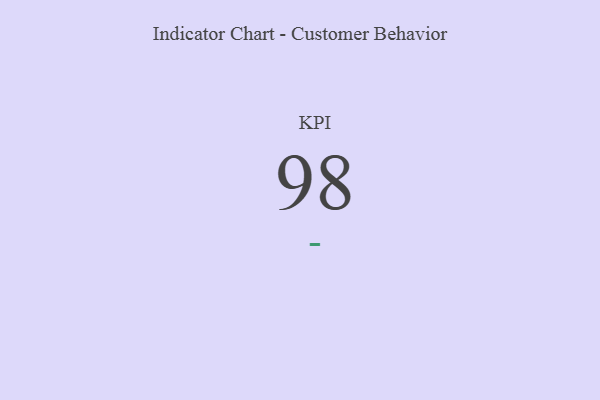
{"axis": {"x": "KPI", "y": "Value"}, "legend": [""], "data": [{"x": "KPI", "y": 98, "type": ""}]}